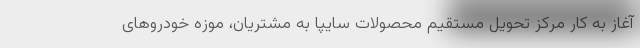
آغاز به کار مرکز تحویل مستقیم محصولات سایپا به مشتریان، موزه خودروهای